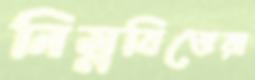
নিম্নবিত্তেরা